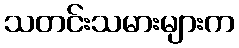
သတင်းသမားများက